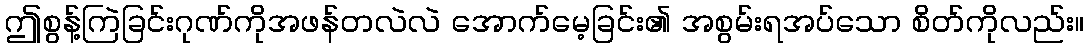
ဤစွန့်ကြဲခြင်းဂုဏ်ကိုအဖန်တလဲလဲ အောက်မေ့ခြင်း၏ အစွမ်းရအပ်သော စိတ်ကိုလည်း။